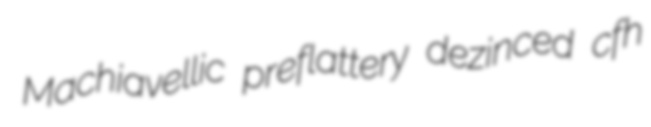
Machiavellic preflattery dezinced cfh